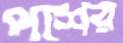
পশের